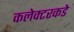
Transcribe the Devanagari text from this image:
कलेक्टरकडे